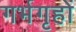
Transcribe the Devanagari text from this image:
गर्भगृहों